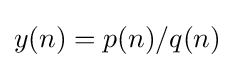
{\textstyle y(n)=p(n)/q(n)}